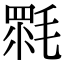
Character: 𣯉